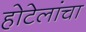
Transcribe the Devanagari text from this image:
होटेलांचा